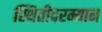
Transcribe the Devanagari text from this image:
स्थितीदरम्यान